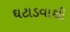
ઘટાડવાથી